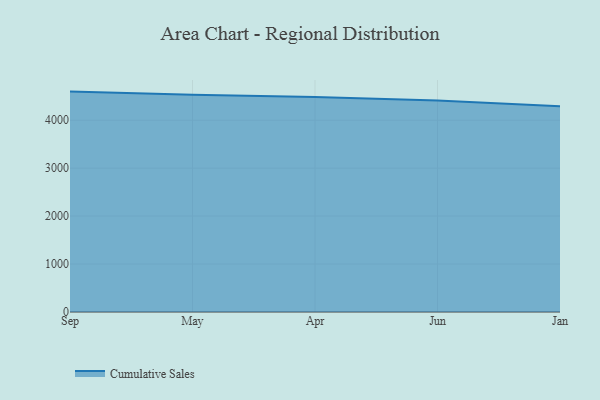
{"axis": {"x": "Month", "y": "Market Share (%)"}, "legend": ["Cumulative Sales"], "data": [{"x": "Sep", "y": 4596.2, "type": "Cumulative Sales"}, {"x": "May", "y": 4529.2, "type": "Cumulative Sales"}, {"x": "Apr", "y": 4481.0, "type": "Cumulative Sales"}, {"x": "Jun", "y": 4409.0, "type": "Cumulative Sales"}, {"x": "Jan", "y": 4291.6, "type": "Cumulative Sales"}]}